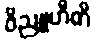
ဝိညူဟီတိ